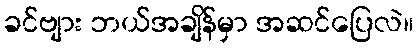
ခင်ဗျား ဘယ်အချိန်မှာ အဆင်ပြေလဲ။